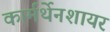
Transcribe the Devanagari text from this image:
कार्मर्थेनशायर